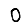
Digit: 0